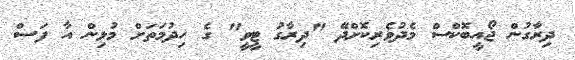
ދިރާގުން ޖޯއީބޮކްސް މެދުވެރިކޮށްދޭ "ދިރާގު ޓީވީ" ގެ ހިދުމަތަށް މުޅިން އާ ފަސް